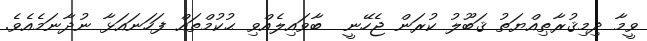
ވީމާ ދިމިޤުރާޠިއްޔަތު ޤަބޫލު ކުރަން ޖެހޭނީ  ބާވައިލެއްވި ޙުކުމްތައް ފަހަނައަޅާ ނުދާނަމެއެވެ.